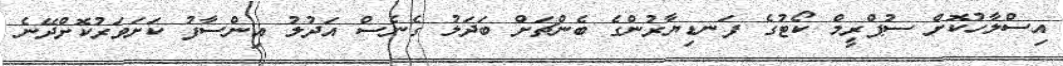
އިސްލާހުކޮށް ސުޕްރީމް ކޯޓުގެ ފަނޑިޔާރުންގެ ބެންޗަށް ބަދަލު ގެނެސް އަދުލު އިންސާފު ކަށަވަރުކޮށްދޭނެ